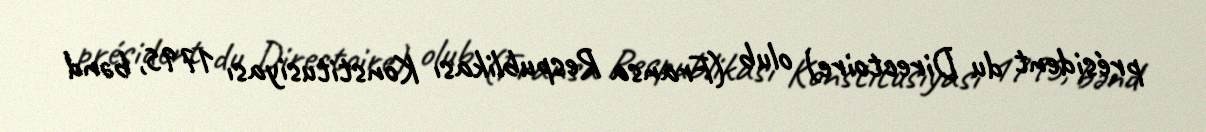
président du Directoire) olub (Fransa Respublikası Konstitusiyası 1795, bənd